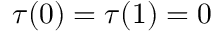
\tau ( 0 ) = \tau ( 1 ) = 0